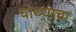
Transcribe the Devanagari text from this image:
चोथ्याचा